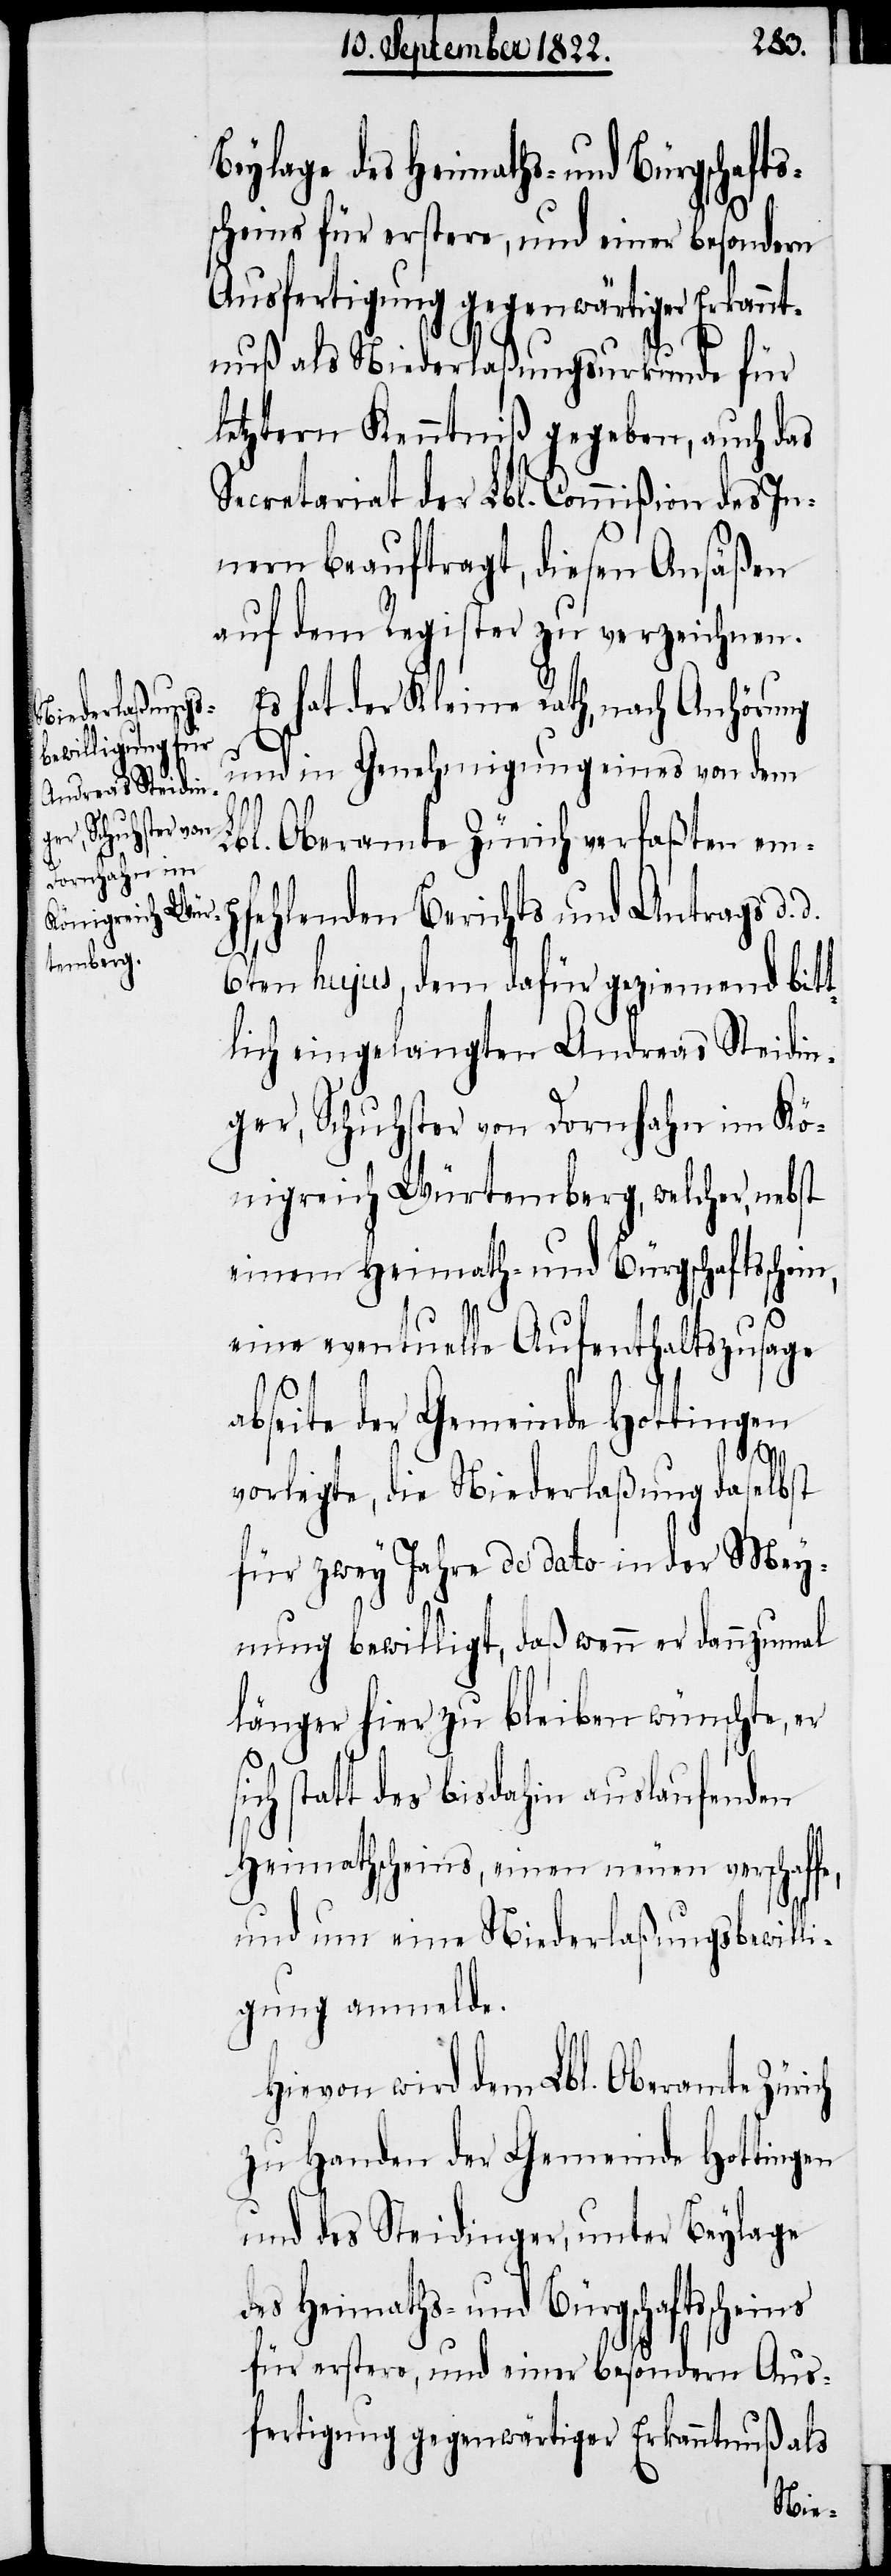
Beylage des Heimaths- und Bürgschaft¬
scheins für erstere, und einer besondern
Ausfertigung gegenwärtiger Erkann¬
tnuß als Niederlaßungsurkunde für
letztern Kenntniß gegeben, auch das
Secretariat der Lbl. Commißion des In¬
nern beauftragt, diesen Ansäßen
auf dem Register zu verzeichnen.
Es hat der Kleine Rath, nach Anhörung
t¬
und in Genehmigung eines von dem
ins
s¬
Lbl. Oberamte Zürich verfaßten emp¬
fehlenden Berichts und Antrags d.
6ten hujus, dem dafür geziemend bit¬
lich eingelangten Andreas Streidin¬
ger, Schuhster von Dornhahn im Kö¬
nigreich Würtemberg, welcher, nebst
einem Heimath- und Bürgschaftsschein
eine eventuelle Aufenthaltszusage
abseite der Gemeinde Hottingen
vorlegte, die Niederlaßung daselbst
für zwey Jahre de dato in der Mey¬
nung bewilligt, daß wenn er dannzumal
länger hier zu bleiben wünschte, er
ch statt des bis dahin auslaufenden
Heimathscheins, einen neuen verschaf¬
und um eine Niederlaßungsbewilli¬
gung anmelde.
Hievon wird dem Lbl. Oberamte Zürich
zu Handen der Gemeinde Hottingen
und des Streidinger, unter Beylage
des Heimaths- und Bürgschaftssche¬
für erstere, und einer besondern Aus¬
fertigung gegenwärtiger Erkanntnuß als